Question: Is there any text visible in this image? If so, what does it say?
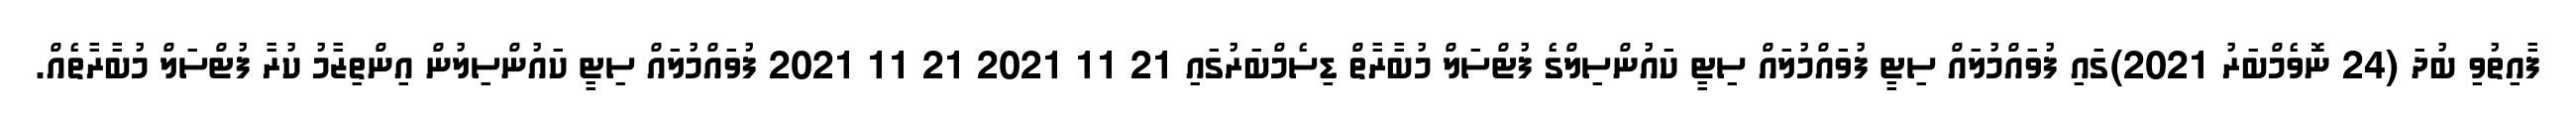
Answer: ފާއިތުވި ބުދަ (24 ނޮވެމްބަރު 2021)ގައި ފުވައްމުލައް ސިޓީ ފުވައްމުލައް ސިޓީ ކައުންސިލްގެ ފުޓްސަލް މުބާރާތް ޑިސެމްބަރުގައި 21 11 2021 21 11 2021 ފުވައްމުލައް ސިޓީ ކައުންސިލުން އިންތިޒާމު ކުރާ ފުޓްސަލް މުބާރާތެއް.